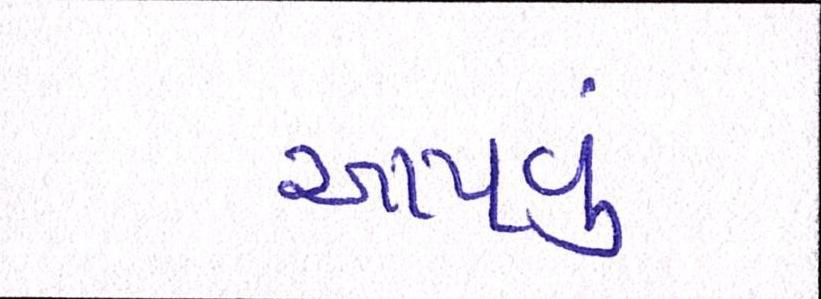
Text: આપવું